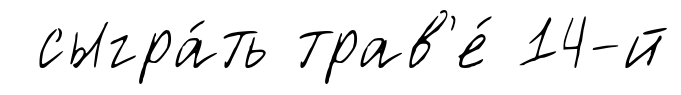
сыгра́ть трав'е́ 14-й